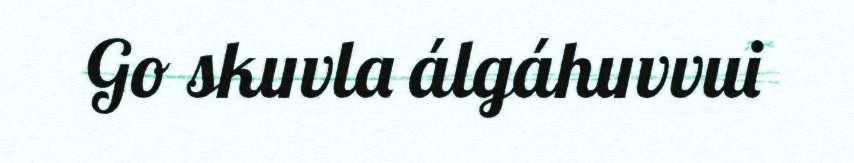
Go skuvla álgáhuvvui